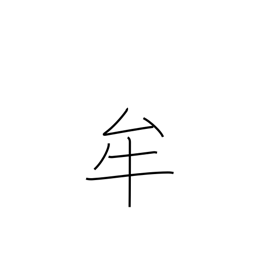
Meaning: pupil (eye)